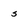
Character: s